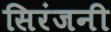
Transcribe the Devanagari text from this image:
सिरंजनी